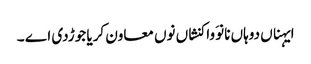
ایہناں دوہاں نانوَ واکنشاں نوں معاون کریا جوڑدی اے ۔